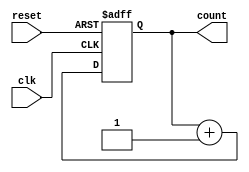
module gray_code_ring_counter(
    input wire clk,
    input wire reset,
    output reg [3:0] count
);

reg [3:0] next_count;

always @(posedge clk or posedge reset) begin
    if (reset) begin
        count <= 4'b0000;
    end else begin
        count <= next_count;
    end
end

always @(*) begin
    next_count = count + 1;
end

endmodule